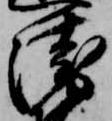
衛